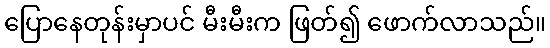
ပြောနေတုန်းမှာပင် မီးမီးက ဖြတ်၍ ဖောက်လာသည်။